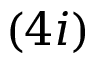
( 4 i )